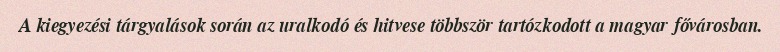
A kiegyezési tárgyalások során az uralkodó és hitvese többször tartózkodott a magyar fővárosban.